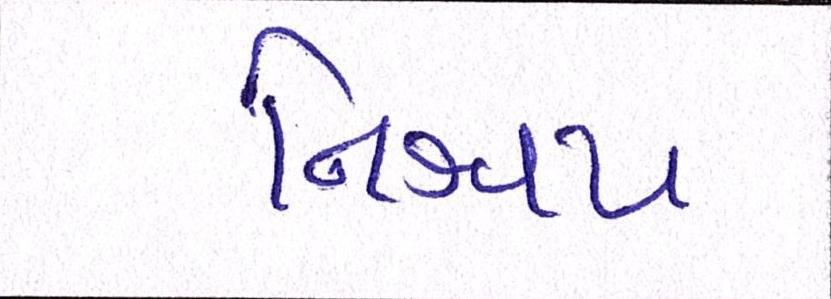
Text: નિશ્ચય